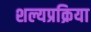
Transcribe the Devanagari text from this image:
शल्यप्रक्रिया